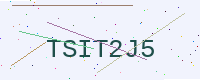
Text: TSIT2J5